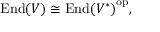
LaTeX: { \mathrm { E n d } } ( V ) \cong { { \mathrm { E n d } } ( V ^ { * } ) } ^ { \mathrm { o p } } ,